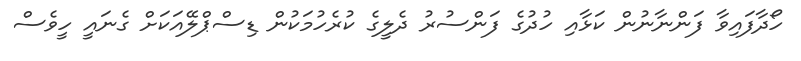
ހޯދާފައިވާ ފަންނާނުން ކަޅާއި ހުދުގެ ފަންސުރު ދެލީގެ ކުރެހުމަކުން ޑިސްޕްލޭއަކަށް ގެނައީ ހީވެސް